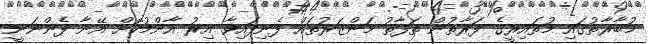
މުބާރާތުގައި މުތައިރީގެ ފަރާތުން ތަފާތު މަންޒަރުތައް ފެނިފައިވާ އިރު އާންމުކޮށް އޭނާ ފެންނަނީ